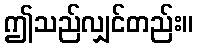
ဤသည်လျှင်တည်း။